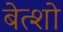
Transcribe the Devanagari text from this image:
बेत्शो